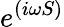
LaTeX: e^{(i\omega S)}